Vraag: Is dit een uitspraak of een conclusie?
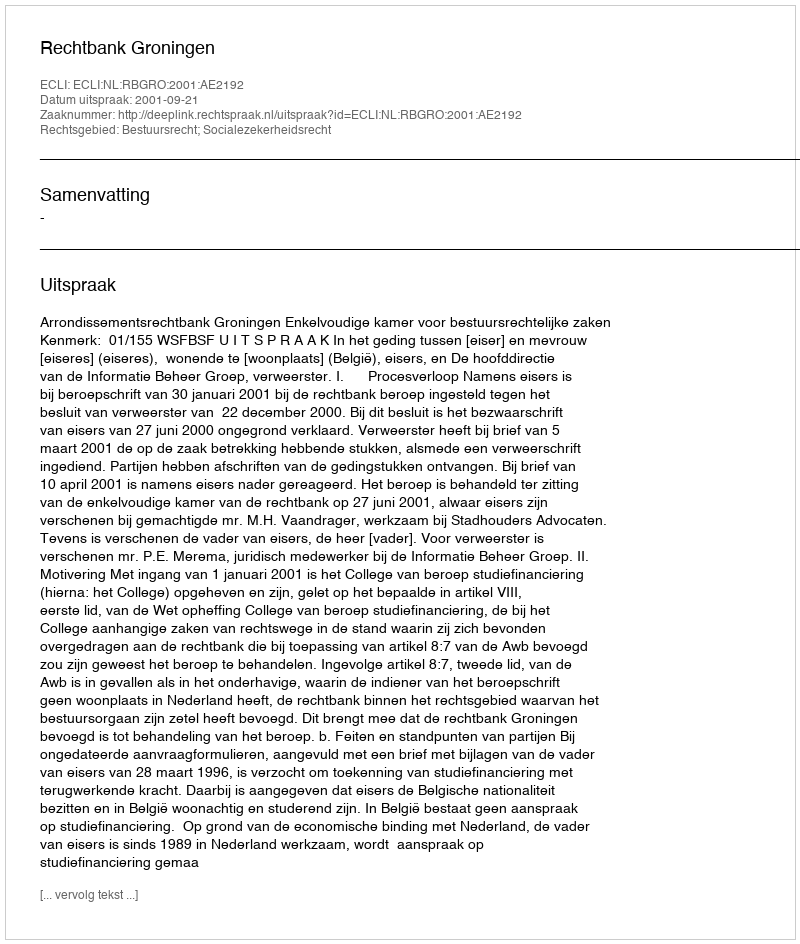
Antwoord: Uitspraak